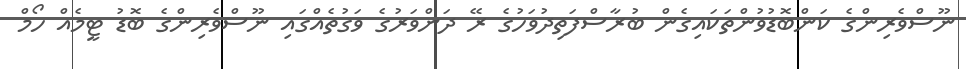
ނޫސްވެރިންގެ ކަންބޮޑުވުންތަކައިގެން ބުރާސްފަތިދުވަހުގެ ރޭ ދަންވަރުގެ ވަގުތެއްގައި ނޫސްވެރިންގެ ބޮޑު ޓީމެއް ހޯމް